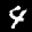
Label: 4